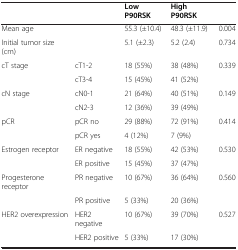
|  |  | Low P90RSK | High P90RSK |  |
 | --- | --- | --- | --- | --- |
 | Mean age |  | 55.3 (±10.4) | 48.3 (±11.9) | 0.004 |
 | Initial tumor size (cm) |  | 5.1 (±2.3) | 5.2 (2.4) | 0.734 |
 | cT stage | cT1-2 | 18 (55%) | 38 (48%) | 0.339 |
 |  | cT3-4 | 15 (45%) | 41 (52%) |  |
 | cN stage | cN0-1 | 21 (64%) | 40 (51%) | 0.149 |
 |  | cN2-3 | 12 (36%) | 39 (49%) |  |
 | pCR | pCR no | 29 (88%) | 72 (91%) | 0.414 |
 |  | pCR yes | 4 (12%) | 7 (9%) |  |
 | Estrogen receptor | ER negative | 18 (55%) | 42 (53%) | 0.530 |
 |  | ER positive | 15 (45%) | 37 (47%) |  |
 | Progesterone receptor | PR negative | 10 (67%) | 36 (64%) | 0.560 |
 |  | PR positive | 5 (33%) | 20 (36%) |  |
 | HER2 overexpression | HER2 negative | 10 (67%) | 39 (70%) | 0.527 |
 |  | HER2 positive | 5 (33%) | 17 (30%) |  |